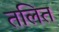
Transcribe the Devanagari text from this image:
तलित